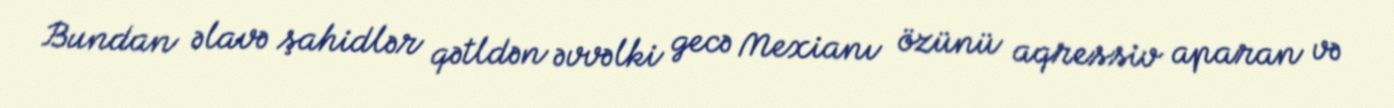
Bundan əlavə şahidlər qətldən əvvəlki gecə Mexianı özünü aqressiv aparan və